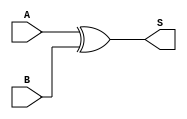
module xor_gate(
    input wire A,
    input wire B,
    output wire S
);
    assign S = A ^ B; // Sum logic
endmodule